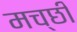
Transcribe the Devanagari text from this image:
मच्छी